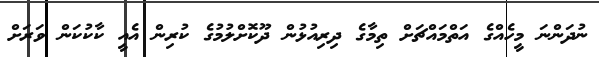
ނުދަންނަ މީހެއްގެ އަތްމައްޗަށް ތިމާގެ ދިރިއުޅުން ދޫކޮށްލުމުގެ ކުރިން އެއީ ކާކުކަން ވަރަށް